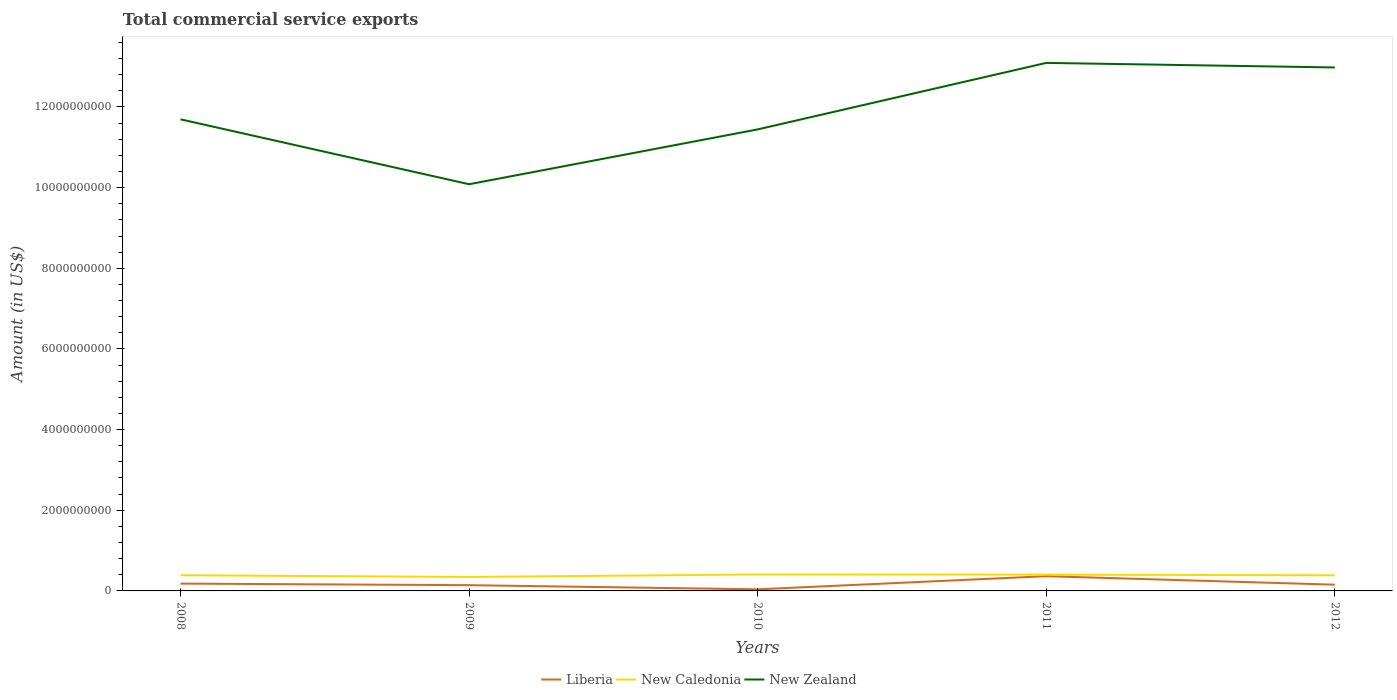
| Years | Liberia | New Caledonia | New Zealand |
 | --- | --- | --- | --- |
 | 2008 | 1.82e+08 | 3.89e+08 | 1.17e+10 |
 | 2009 | 1.42e+08 | 3.46e+08 | 1.01e+10 |
 | 2010 | 3.98e+07 | 4.09e+08 | 1.14e+10 |
 | 2011 | 3.65e+08 | 4.04e+08 | 1.31e+10 |
 | 2012 | 1.55e+08 | 3.88e+08 | 1.3e+10 |